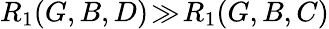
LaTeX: R_{1}(G,B,D)\! \gg\! R_{1}(G,B,C)